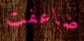
ضاعفت